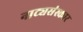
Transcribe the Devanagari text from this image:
नाट्यसंस्कार